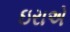
ઇરાએ